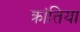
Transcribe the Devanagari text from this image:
क्रांतिया